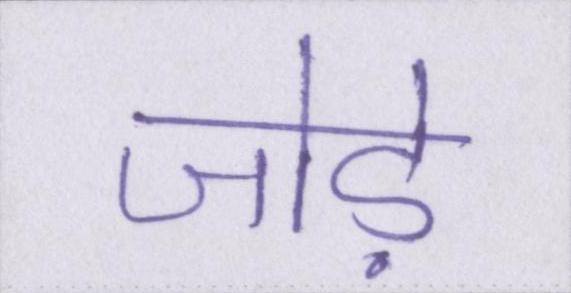
जोड़े